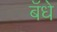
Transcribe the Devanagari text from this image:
बॅधे